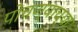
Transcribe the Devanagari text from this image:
पोचण्याच्या